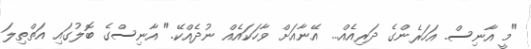
"މީ އާނިސް. އަހަރެންގެ ދަރިއެއް... އޭނާއަށް ވާހަކައެއް ނުދެއްކޭ." އާނިސްގެ ބޮލުގައި އަތްތިލަ